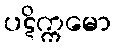
ပဋိက္ကမော